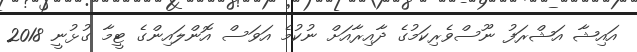
އައިޝާ އަޝްރަފު ނޫސްވެރިކަމުގެ ދާއިރާއަށް ނުކުމެ އަވަސް އޮންލައިންގެ ޓީމާ ގުޅުނީ 2018